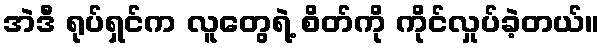
အဲဒီ ရုပ်ရှင်က လူတွေရဲ့ စိတ်ကို ကိုင်လှုပ်ခဲ့တယ်။